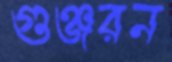
গুঞ্জরন